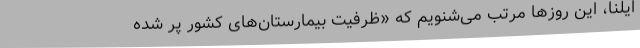
ایلنا، این روزها مرتب می‌شنویم که «ظرفیت بیمارستان‌های کشور پر شده